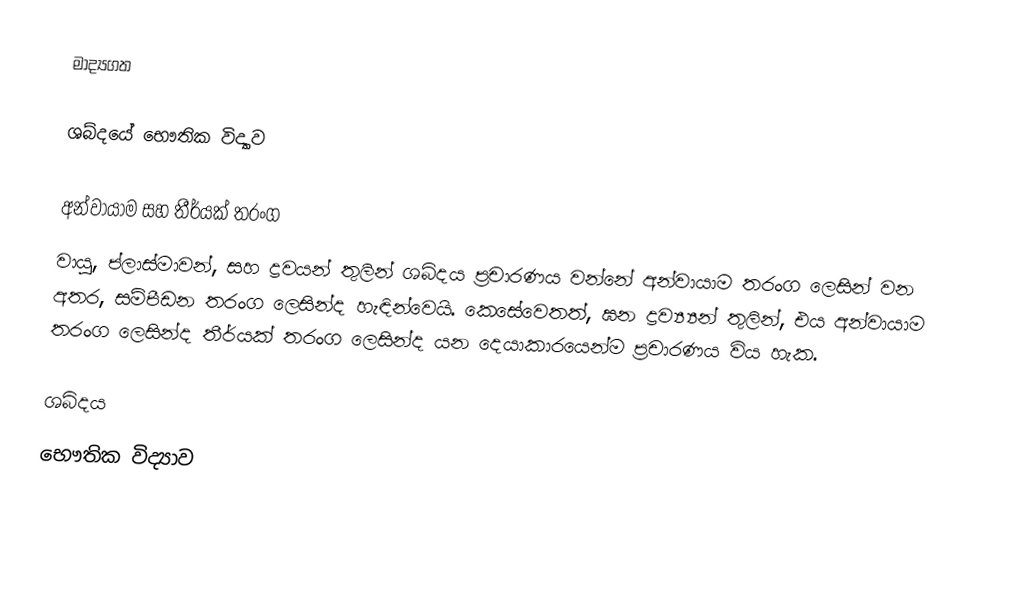
මාද්‍යගත

ශබ්දයේ භෞතික විද්‍යාව

අන්වායාම සහ තීර්යක් තරංග
වායු, ප්ලාස්මාවන්, සහ ද්‍රවයන් තුලින් ශබ්දය ප්‍රචාරණය වන්නේ අන්වායාම තරංග ලෙසින් වන අතර, සම්පීඩන තරංග ලෙසින්ද හැඳින්වෙයි. කෙසේවෙතත්, ඝන ද්‍රව්‍ය්‍යන් තුලින්, එය අන්වායාම තරංග ලෙසින්ද තීර්යක් තරංග ලෙසින්ද යන දෙයාකාරයෙන්ම ප්‍රචාරණය විය හැක.

ශබ්දය
භෞතික විද්‍යාව